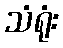
သံရုံး